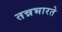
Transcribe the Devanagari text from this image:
तन्नभारते